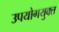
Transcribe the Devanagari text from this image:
उपयोगयुक्त